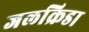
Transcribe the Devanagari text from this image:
जलक्रिडा